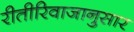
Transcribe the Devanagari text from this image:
रीतीरिवाजानुसार